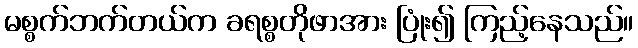
မစ္စက်ဘက်တယ်က ခရစ္စတိုဖာအား ပြုံး၍ ကြည့်နေသည်။